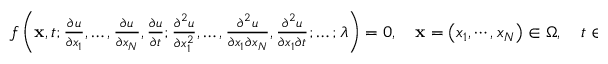
\begin{array} { r } { f \left( \mathbf { x } , t ; \frac { \partial u } { \partial x _ { 1 } } , \ldots , \frac { \partial u } { \partial x _ { N } } , \frac { \partial u } { \partial t } ; \frac { \partial ^ { 2 } u } { \partial x _ { 1 } ^ { 2 } } , \ldots , \frac { \partial ^ { 2 } u } { \partial x _ { 1 } \partial x _ { N } } , \frac { \partial ^ { 2 } u } { \partial x _ { 1 } \partial t } ; \ldots ; \boldsymbol { \lambda } \right) = 0 , \quad \mathbf { x } = \left( x _ { 1 } , \cdots , x _ { N } \right) \in \Omega , \quad t \in [ t _ { 0 } , t _ { 1 } ] , } \end{array}